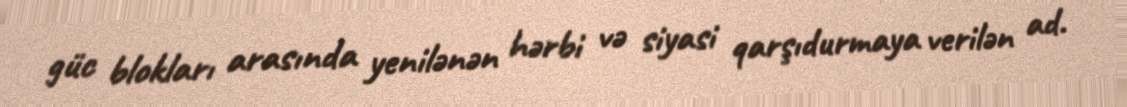
güc blokları arasında yenilənən hərbi və siyasi qarşıdurmaya verilən ad.